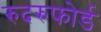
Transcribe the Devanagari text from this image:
रुदरुफोर्ड